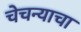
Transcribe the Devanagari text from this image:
चेचन्याचा